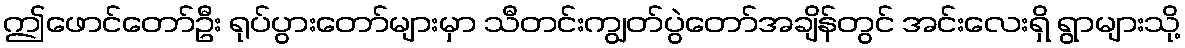
ဤဖောင်တော်ဦး ရုပ်ပွားတော်များမှာ သီတင်းကျွတ်ပွဲတော်အချိန်တွင် အင်းလေးရှိ ရွာများသို့